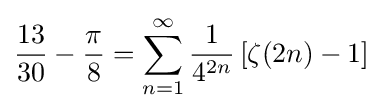
{\frac {13}{30}}-{\frac {\pi }{8}}=\sum _{n=1}^{\infty }{\frac {1}{4^{2n}}}\left[\zeta (2n)-1\right]